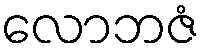
လောဘဇံ